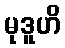
မုဒူဟိ